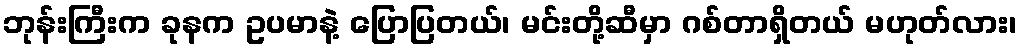
ဘုန်းကြီးက ခုနက ဥပမာနဲ့ ပြောပြတယ်၊ မင်းတို့ဆီမှာ ဂစ်တာရှိတယ် မဟုတ်လား၊